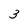
Character: 3